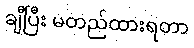
ချီပြီး မတည်ထားရတာ